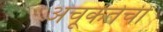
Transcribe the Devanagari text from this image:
अचूकतेची